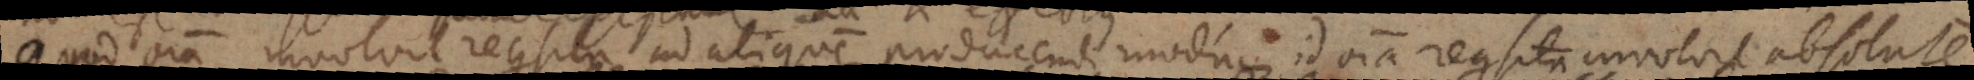
Quod omnia involvit requisita ad aliquem producendi modum id omnia requisita involvit absolute.